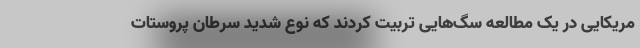
مریکایی در یک مطالعه سگ‌هایی تربیت کردند که نوع شدید سرطان پروستات